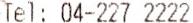
TEL: 04-227 2222